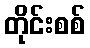
တိုင်းစစ်